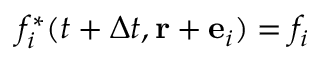
f _ { i } ^ { * } ( t + \Delta t , \mathbf { r } + { \bf e } _ { i } ) = f _ { i }